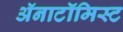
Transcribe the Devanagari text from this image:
अॅनाटॉमिस्ट